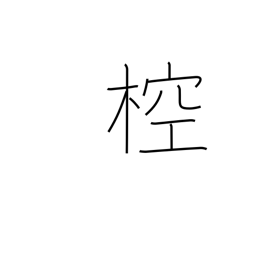
Meaning: type of ancient musical instrument